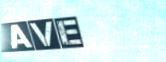
Ave